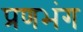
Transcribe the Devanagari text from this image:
प्रणभंग